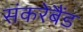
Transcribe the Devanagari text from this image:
संकरेबैंड